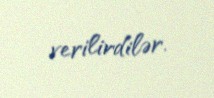
verilirdilər.